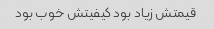
قیمتش زیاد بود کیفیتش خوب بود